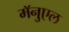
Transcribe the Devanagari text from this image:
मॅनुएल